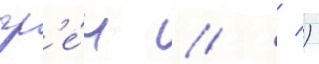
гр'е́ч // / )